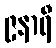
၉နာရီ